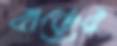
বাড়ের